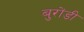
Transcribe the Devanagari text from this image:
बुरोंडी